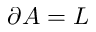
\partial A = L